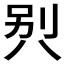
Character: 𰃡